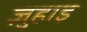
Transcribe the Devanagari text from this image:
ज़ुहाइ